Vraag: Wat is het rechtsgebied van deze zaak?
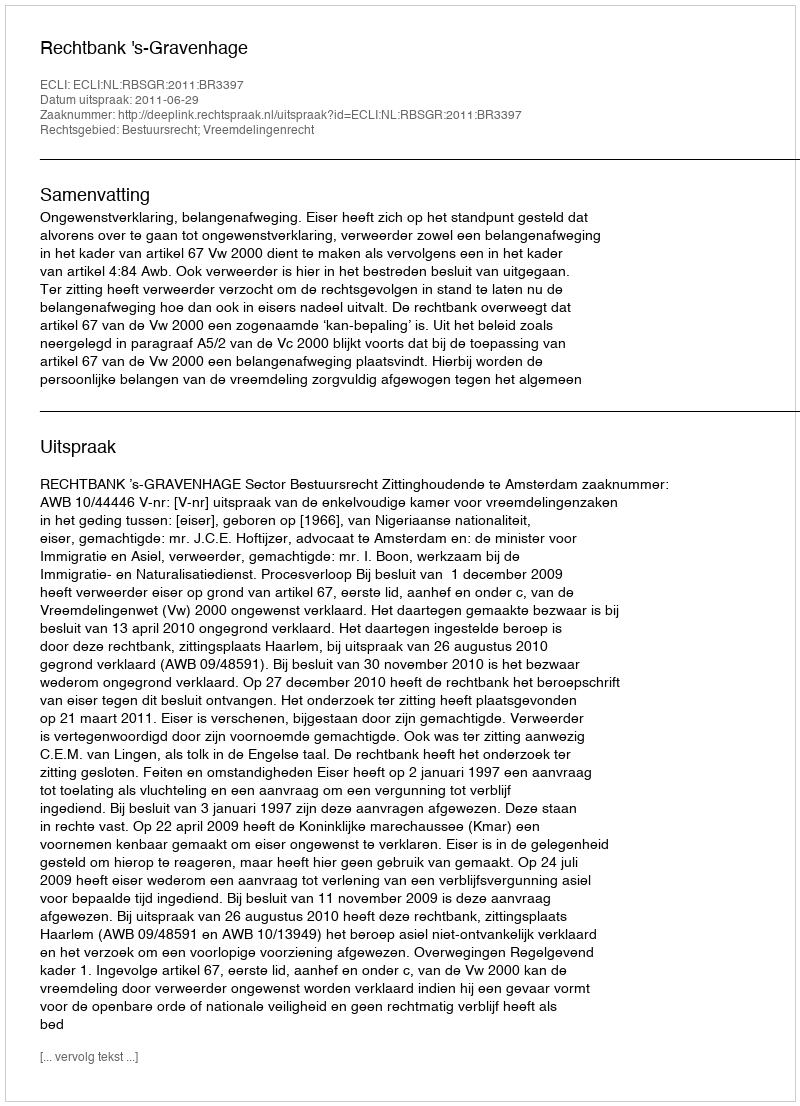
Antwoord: Bestuursrecht; Vreemdelingenrecht